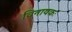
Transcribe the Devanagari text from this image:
विनायकः